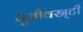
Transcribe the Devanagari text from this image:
यूनीवस्र्टी